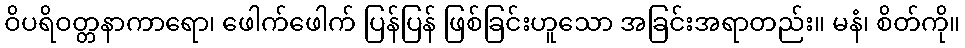
ဝိပရိဝတ္တနာကာရော၊ ဖေါက်ဖေါက် ပြန်ပြန် ဖြစ်ခြင်းဟူသော အခြင်းအရာတည်း။ မနံ၊ စိတ်ကို။